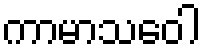
ကာမာသဝေါ